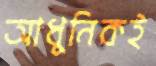
আধুনিকই